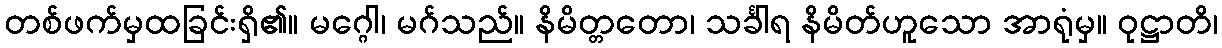
တစ်ဖက်မှထခြင်းရှိ၏။ မဂ္ဂေါ၊ မဂ်သည်။ နိမိတ္တတော၊ သင်္ခါရ နိမိတ်ဟူသော အာရုံမှ။ ဝုဋ္ဌာတိ၊